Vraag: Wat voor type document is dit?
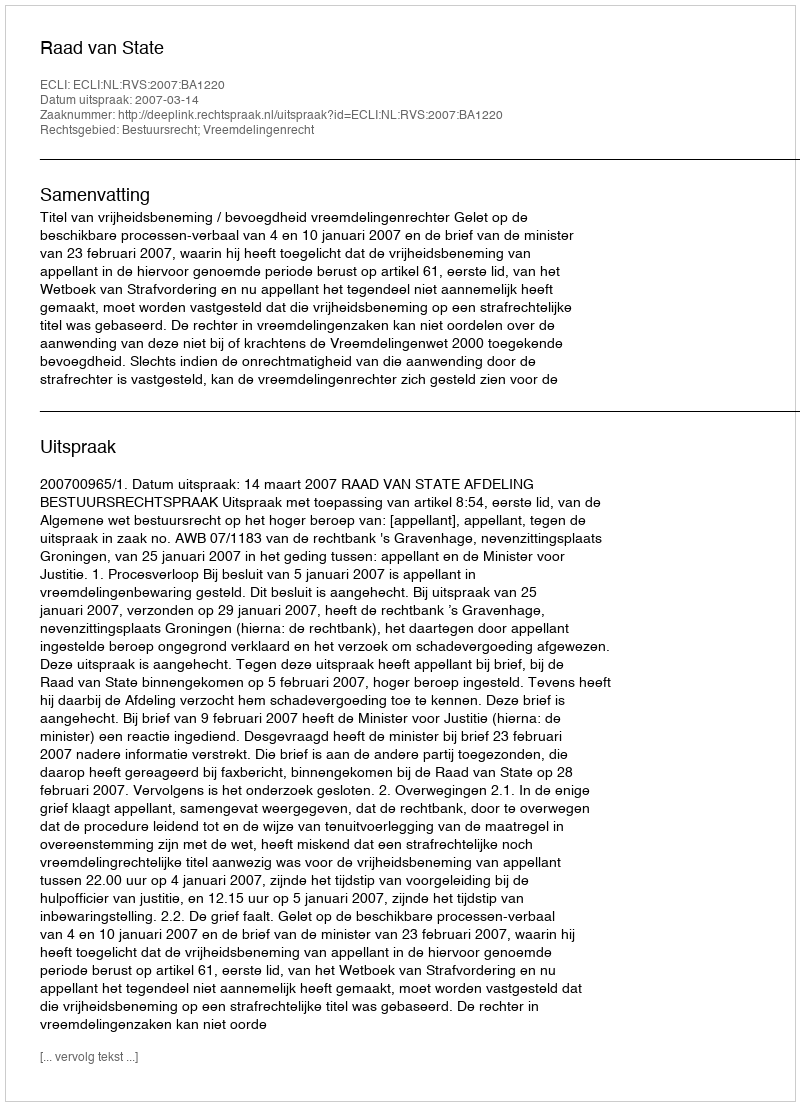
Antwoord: Uitspraak